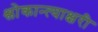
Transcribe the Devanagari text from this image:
श्लोकान्त्याक्षरी